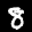
Label: 8